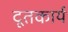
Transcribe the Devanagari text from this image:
दूतकार्य